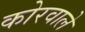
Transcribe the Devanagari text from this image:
कोरवाले